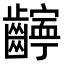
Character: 𫜧